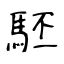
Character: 駓